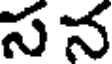
సన